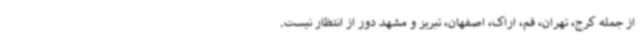
از جمله کرج، تهران، قم، اراک، اصفهان، تبریز و مشهد دور از انتظار نیست.